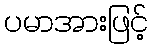
ပမာအားဖြင့်